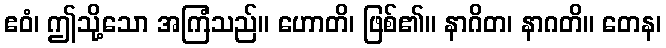
ဧဝံ၊ ဤသို့သော အကြံသည်။ ဟောတိ၊ ဖြစ်၏။ နာဂိတ၊ နာဂတိ။ တေန၊